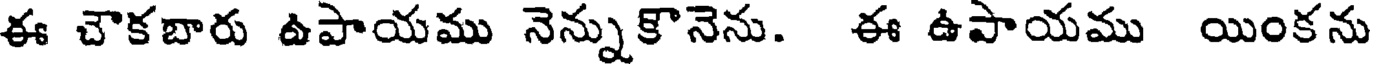
ఈ చౌకబారు ఉపాయము నెన్నుకొనెను. ఈ ఉపాయము యింకను